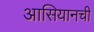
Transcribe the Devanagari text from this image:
आसियानची